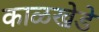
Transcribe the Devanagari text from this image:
काळखेडे